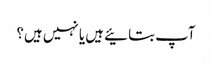
آپ بتائیے ہیں یا نہیں ہیں؟